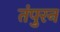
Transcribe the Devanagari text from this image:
तंपुरन